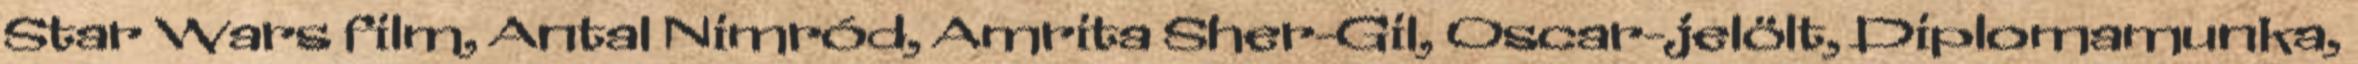
Star Wars film, Antal Nimród, Amrita Sher-Gil, Oscar-jelölt, Diplomamunka,